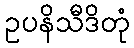
ဥပနိသီဒိတုံ